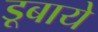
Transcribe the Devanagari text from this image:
डूबाये